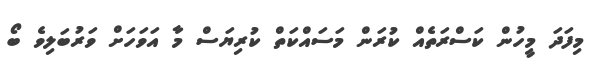
މިފަދަ މީހުން ކަސްރަތެއް ކުރަން މަސައްކަތް ކުރިޔަސް މާ އަވަހަށް ވަރުބަލިވެ ބޯ